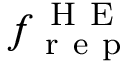
f _ { \mathrm { ~ r ~ e ~ p ~ } } ^ { \mathrm { ~ H ~ E ~ } }